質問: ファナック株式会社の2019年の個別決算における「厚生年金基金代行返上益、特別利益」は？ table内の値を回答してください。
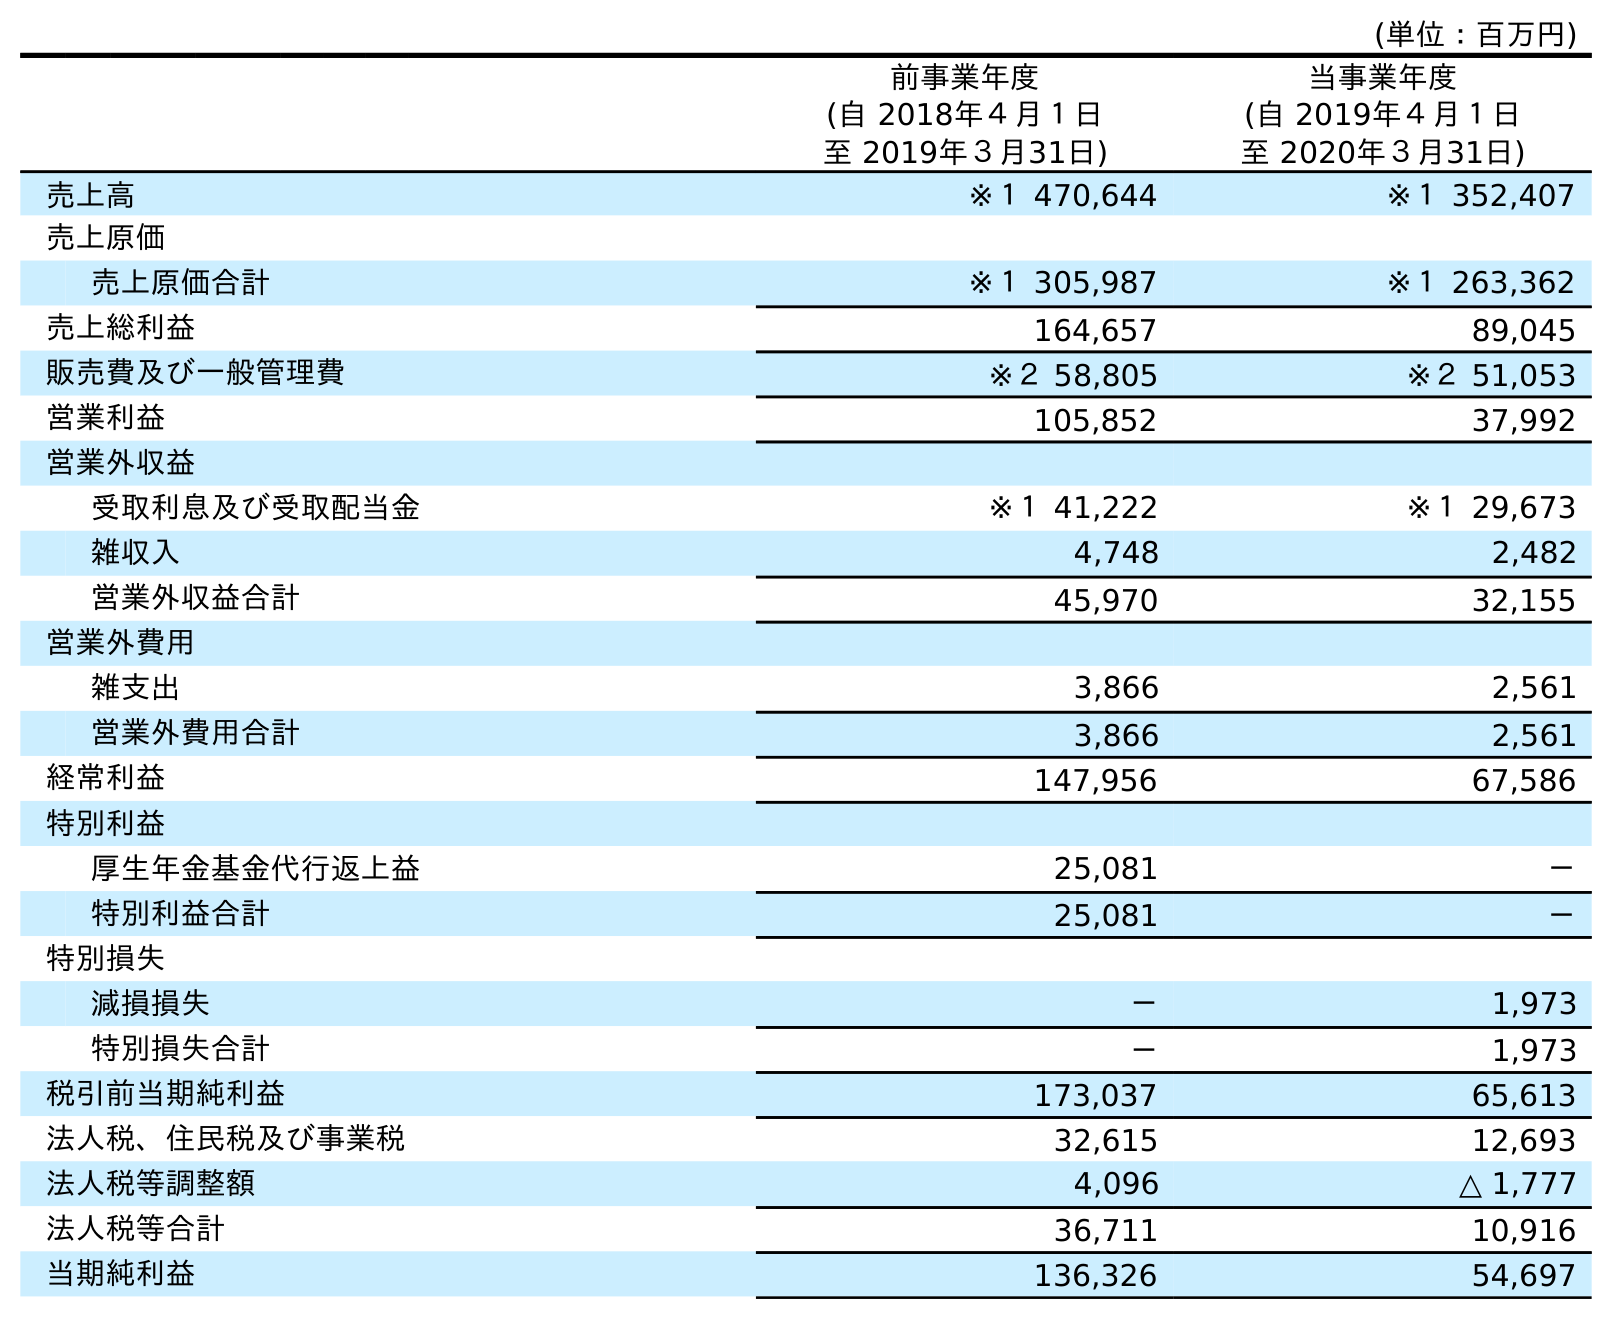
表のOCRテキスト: (単位：百万円) 前事業年度 (自 2018年４月１日 至 2019年３月31日) 当事業年度 (自 2019年４月１日 至 2020年３月31日) 売上高 ※１ 470,644 ※１ 352,407 売上原価 売上原価合計 ※１ 305,987 ※１ 263,362 売上総利益 164,657 89,045 販売費及び一般管理費 ※２ 58,805 ※２ 51,053 営業利益 105,852 37,992 営業外収益 受取利息及び受取配当金 ※１ 41,222 ※１ 29,673 雑収入 4,748 2,482 営業外収益合計 45,970 32,155 営業外費用 雑支出 3,866 2,561 営業外費用合計 3,866 2,561 経常利益 147,956 67,586 特別利益 厚生年金基金代行返上益 25,081 － 特別利益合計 25,081 － 特別損失 減損損失 － 1,973 特別損失合計 － 1,973 税引前当期純利益 173,037 65,613 法人税、住民税及び事業税 32,615 12,693 法人税等調整額 4,096 △ 1,777 法人税等合計 36,711 10,916 当期純利益 136,326 54,697
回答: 25,081